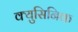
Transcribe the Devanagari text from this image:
क्युसिनिक